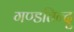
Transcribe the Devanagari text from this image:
गण्डतिन्दु